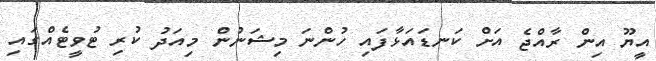
އީޔޫ އިން ރާއްޖެ އަށް ކަނޑައަޅާފައި ހުންނަ މިޝަނުން މިއަދު ކުރި ޓުވީޓެއްގައި